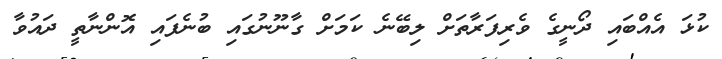
ކުޅަ އެއްބައި ދޯނީގެ ވެރިފަރާތަށް ލިބޭނެ ކަމަށް ގާނޫނުގައި ބުނެފައި އޮންނާތީ ދައުވާ